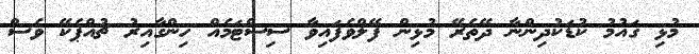
މުޅި ގައުމު ކުޑަކުދިންނާ ދޭތެރޭ މުޅިން ފޭލްވެފައިވާ ސިސްޓަމެއް ހިންގާއިރު ޗުއްޕެކޭ ވެސް